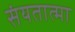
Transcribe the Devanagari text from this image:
संयतात्मा